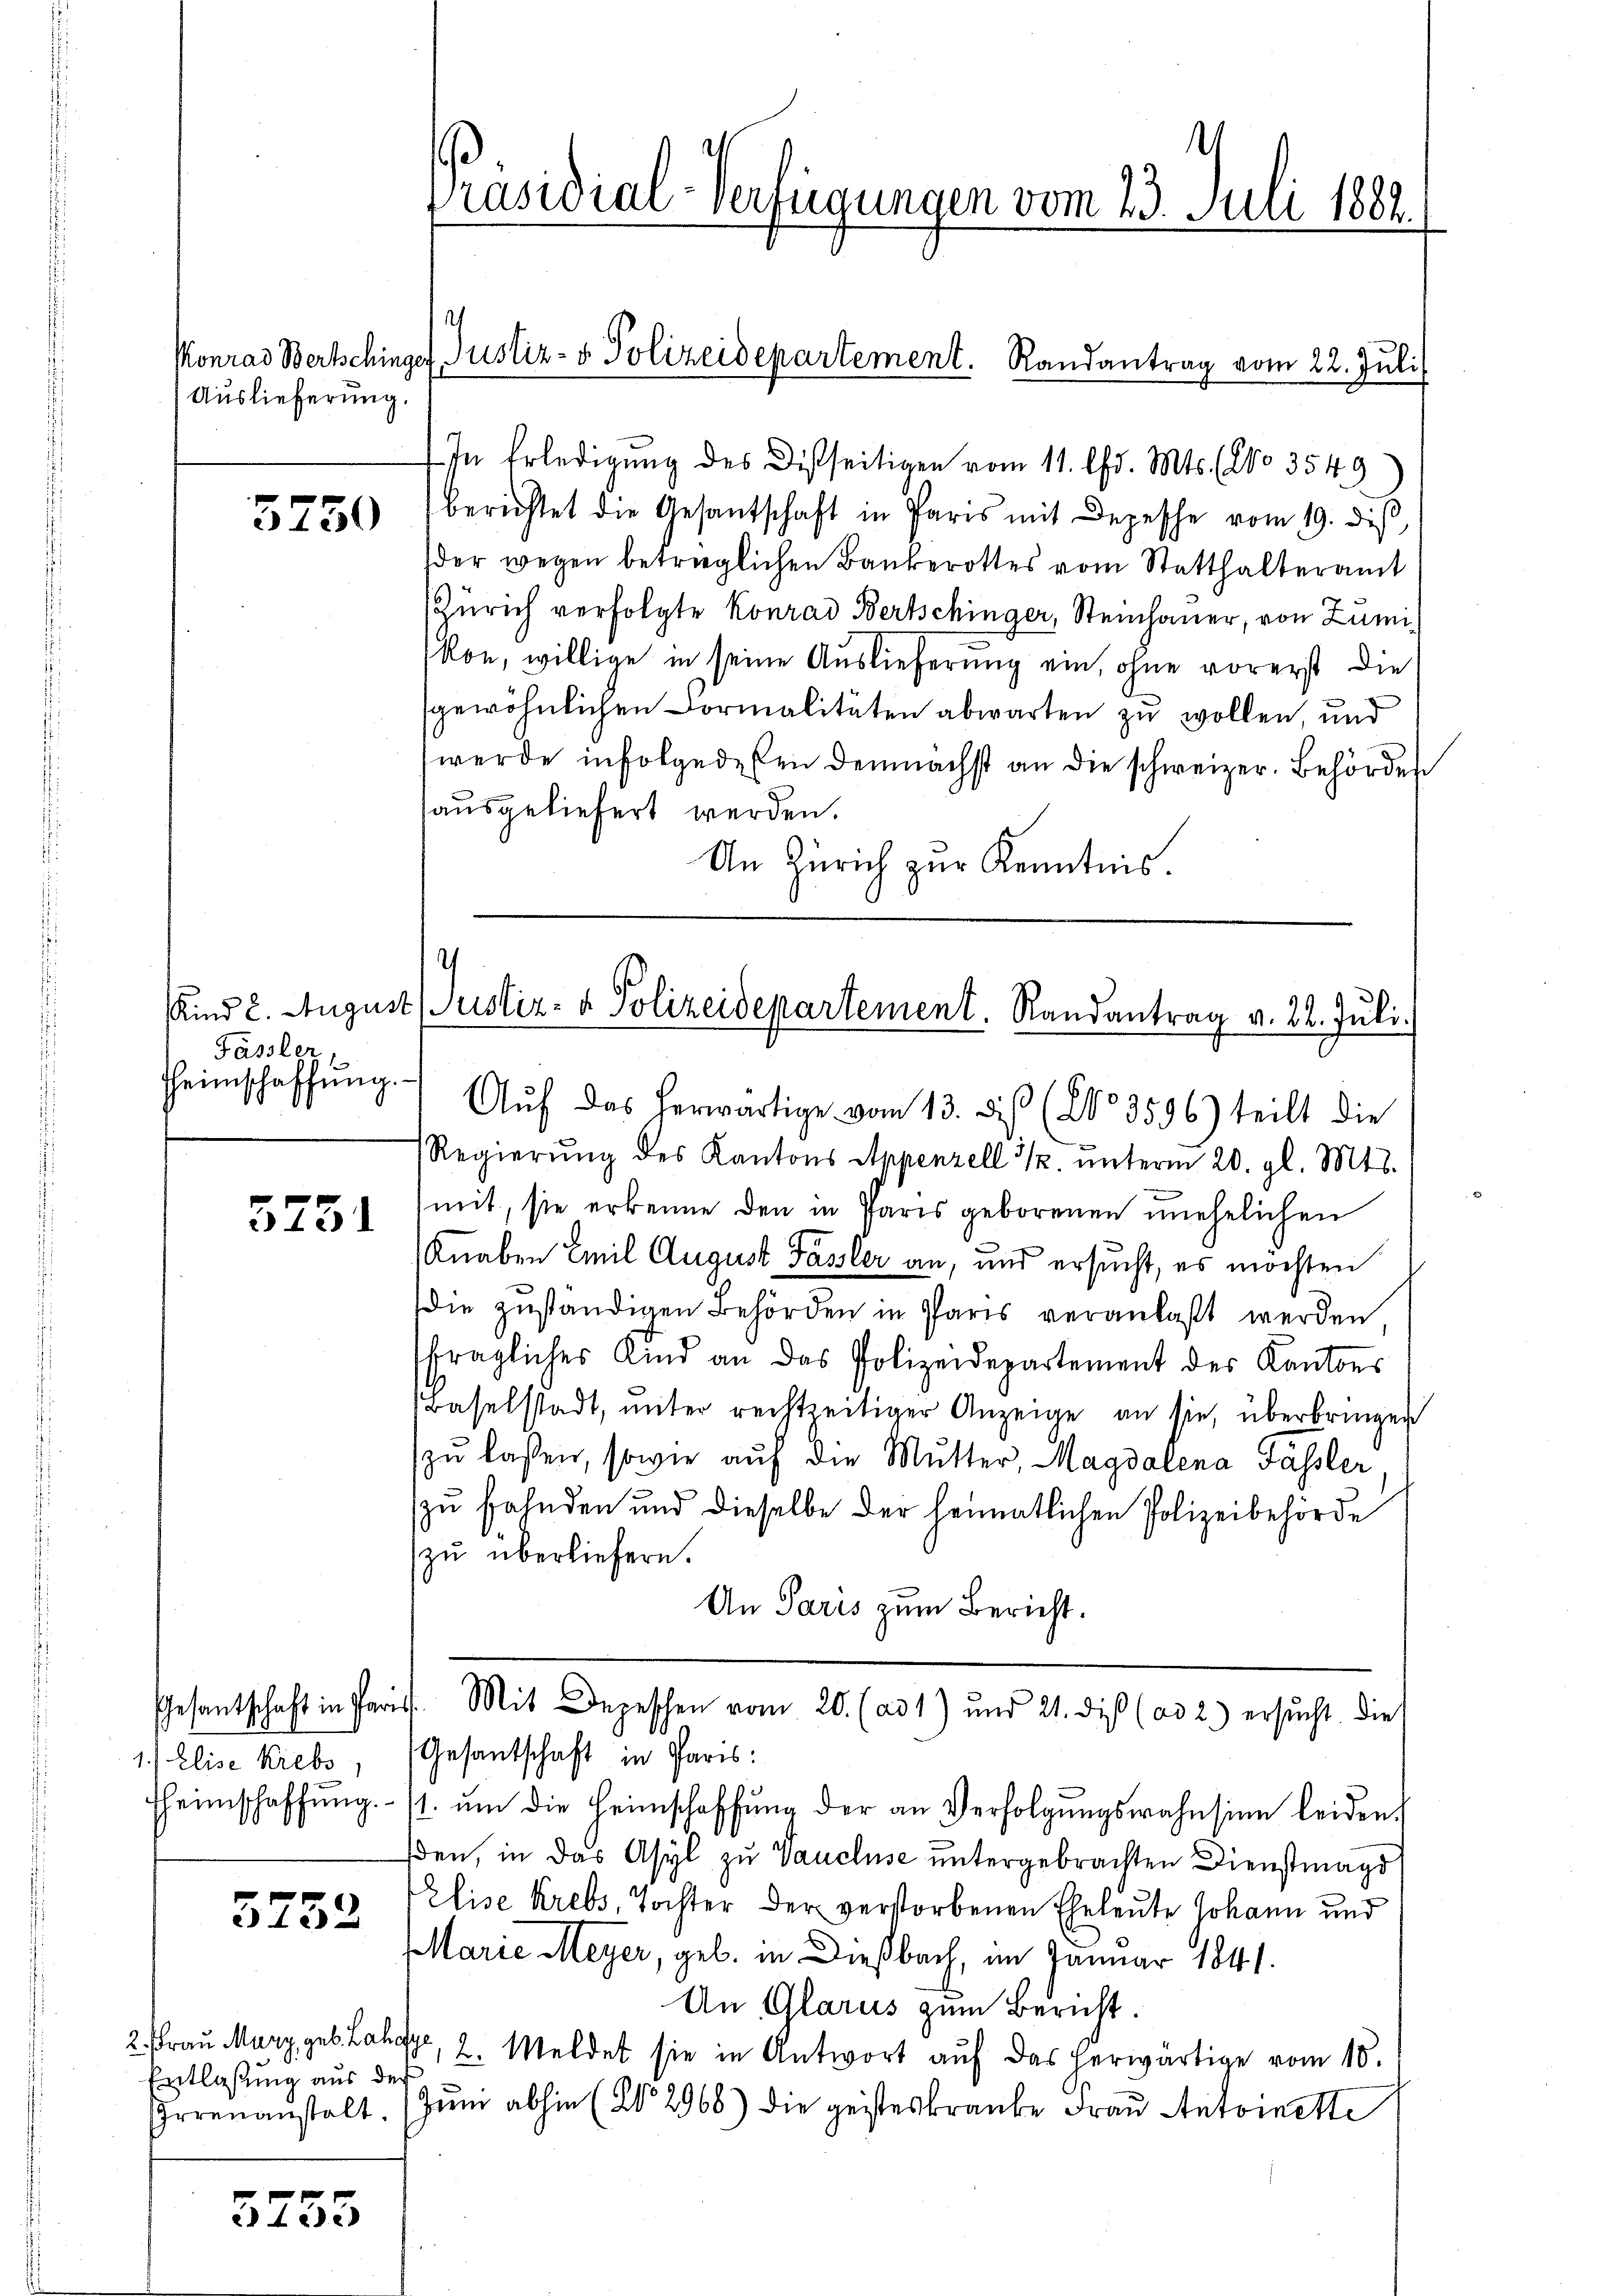
Auslieferung.

3750

Fässler
Heimschaffŭng.

5751

1.) Elise Krebs,
Heimschaffung.

3752

2. Frau Murz, geb. Laha
Entlaßung aus der
Errenanstalt.

5755

In Erledigung des Disseitigen vom 11. Chr. Mts. No 3549
berichtet die Gesantschaft in Paris mit Depesche vom 19. diβ,
der wegen betrüglichen Bankerottes vom Statthalteramt
Zürich verfolgte Konrad Bertschinger, Steinhauer, von Zumi
Ron, willige in seine Auslieferung ein, ohne vorerst die
sgewöhnlichen Formalitäten abwarten zu wollen, und
werde infolgedenen demnächst an die schweizer. Behörden
ausgeliefert werden.
An Zürich zŭr Kenntnis.

Präsidial-Verfügungen vom 23. Juli 1882.

Konrad Bertschinger Justiz- & Polizeidepartement. Randantrag vom 22. Juli

I
Kind 2. August Justiz- & Polizeidepartement. Randantrag v. 22. Juli.

Aŭf das herwärtige vom 13. ds (20. 3596) teilt die
Regierŭng des Kantons Appenzell 3/. ŭnterm 20. gl. Mts.
mit, sie erkenne den in Paris geborenen unehelichen
Knaben Emil August Fasler an, und ersucht, es möchten
die zŭständigen Behörden in Paris veranlaßt werden
fragliches Kind an das Polizeidepartement der Kantons
(Baselstadt, ŭnter rechtzeitiger Anzeige an sie, überbringen
zŭ lassen, sowie auf die Mutter, Magdalena Fassler
zu fahnden und dieselbe der heimatlichen Polizeibehörde
zu überliefern.
An Paris zum Bericht.
Gesantschaft in Paris. Mit Depeschen vom 20. (ad 1) und 21. dis (ad 2.) ersucht. Die
Gesantschaft in Paris:
/1. um die Heimschaffung der an Verfolgungswahnsinn leiden.
den, in das Asyl zu Vaucluse untergebrachten Dienstmagd
Elise Krebs, Tochter der verstorbenen Eheleute Johann und
Marie Meyer, geb. in Dießbach, im Januar 1841.
An Glarus zum Bericht.
s, 2. Meldet sie in Antwort aŭf das herwärtige vom 10.
Zum abhin (§ 2968) die geisteskranke Frau Antoinette